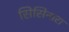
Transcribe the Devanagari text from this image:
सिसिनारा